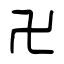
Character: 卍